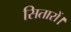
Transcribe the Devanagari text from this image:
सितारों।